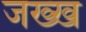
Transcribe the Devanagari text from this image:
जख्ख